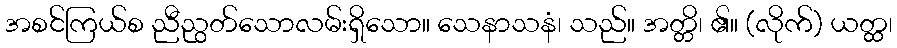
အစင်ကြယ်စ ညီညွတ်သောလမ်းရှိသော။ သေနာသနံ၊ သည်။ အတ္တိ၊ ၏။ (လိုက်) ယတ္ထ၊